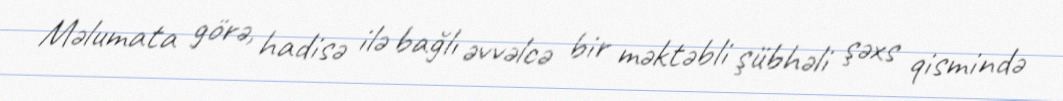
Məlumata görə, hadisə ilə bağlı əvvəlcə bir məktəbli şübhəli şəxs qismində